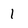
Character: 1